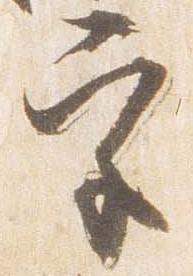
宮